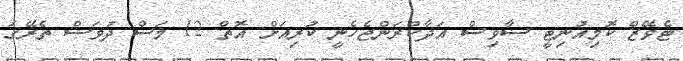
ޓެވޭޒް ކޮމިއުނިޓީ ސާވިސް އަދާކުރަންޖެހެނީ ކުރިއަށް އޮތް 12 މަސް ދުވަސް ތެރޭގަ